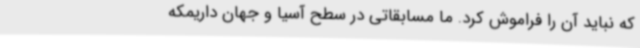
که نباید آن را فراموش کرد. ما مسابقاتی در سطح آسیا و جهان داریمکه